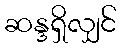
ဆန္ဒရှိလျှင်